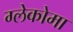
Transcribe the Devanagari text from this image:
ग्लेकोमा